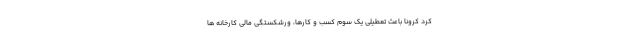
کرد کرونا باعث تعطیلی یک سوم کسب و کارها، ورشکستگی مالی کارخانه ها